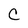
Character: C